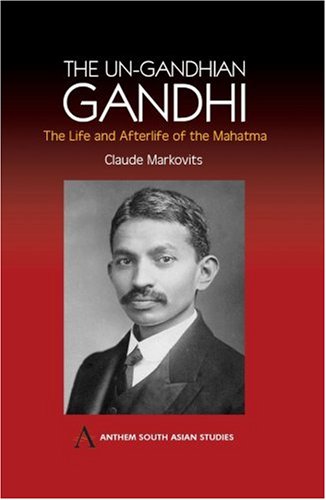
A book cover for The Un-Gandhian Gandhi: The Life and Afterlife of the Mahatma (Anthem South Asian Studies); Claude Markovits; Religion & Spirituality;